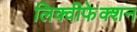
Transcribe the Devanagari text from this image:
लिक्वीफेक्शन